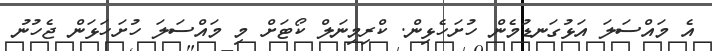
އެ މައްސަލަ އަޅުގަނޑުމެން ހުށަހެޅިން. ކްރިމިނަލް ކޯޓަށް މި މައްސަލަ ހުށަހަޅަން ޖެހުނު